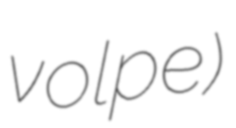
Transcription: volpe)